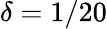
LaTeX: \delta=1/20